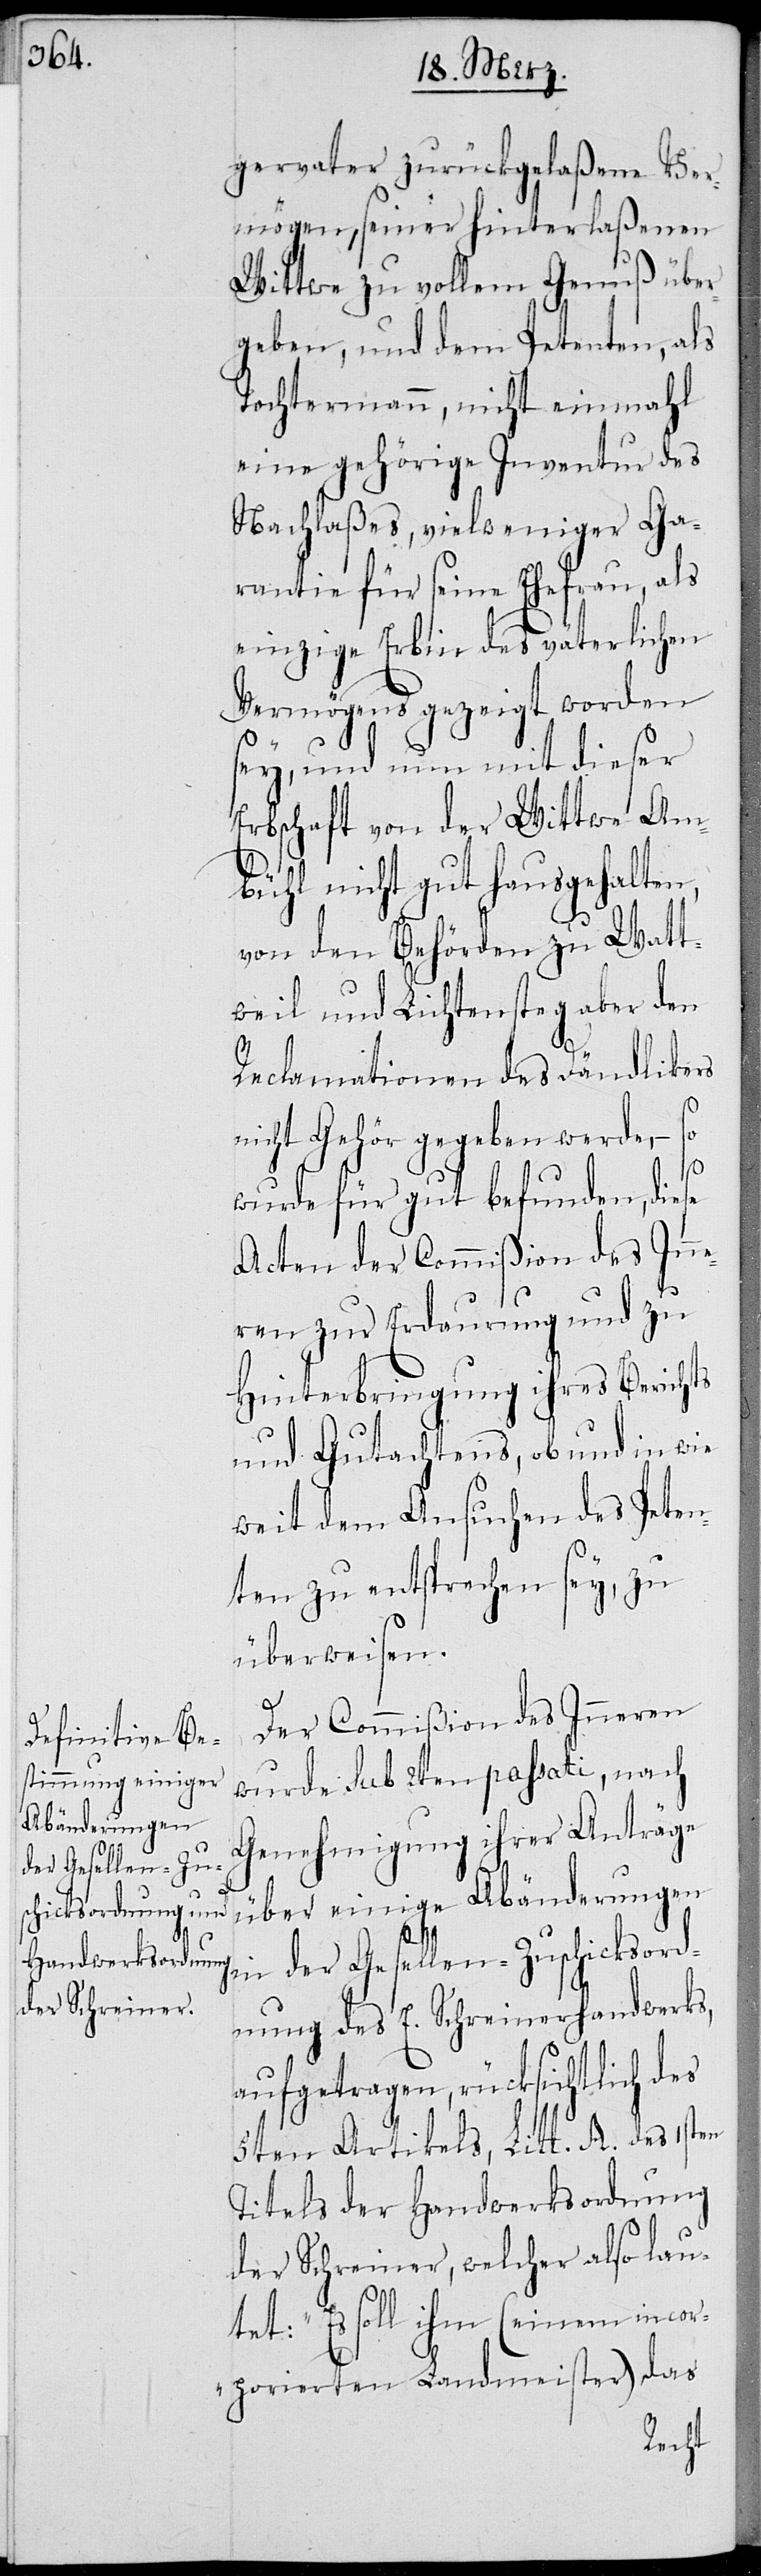
gervater zurückgelaßene Ver¬
mögen, seiner hinterlaßenen
Wittwe zu vollem Genuß über¬
geben, und dem Petenten, als
Tochtermann, nicht einmahl
eine gehörige Inventur des
Nachlaßes, vielweniger Ga¬
rantie für seine Ehefrau, als
einzige Erbin des väterlichen
Vermögens gezeigt worden
sey, und nun mit dieser
Erbschaft von der Wittwe Am¬
bühl nicht gut hausgehalten,
von den Behörden zu Watt¬
weil und Lichtensteg aber den
Reclamationen des Dändlikers
nicht Gehör gegeben wurden, –
wurde für gut befunden, diese
Acten der Commißion des Inn¬
eren zur Erdaurung und zu
Hinterbringung ihres Berichts
und Gutachtens, ob und in wie
weit dem Ansuchen des Peten¬
ten zu entsprechen sey, zu
überweisen.
Der Commißion des Inneren
wurde sub 2ten passati, nach
Genehmigung ihrer Anträge
der Gesellen-Zus¬
über einige Abänderungen
chicksordn¬
ung des E. Schreinerhandwerks,
aufgetragen, rücksichtlich des
5ten Artikels, Litt. A. des 1sten
Titels der Handwerksordnung
der Schreiner, welcher also lau¬
tet: „Es soll ihm (einem incor¬
porierten Landmeister) das